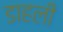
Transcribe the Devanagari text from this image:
डाहली